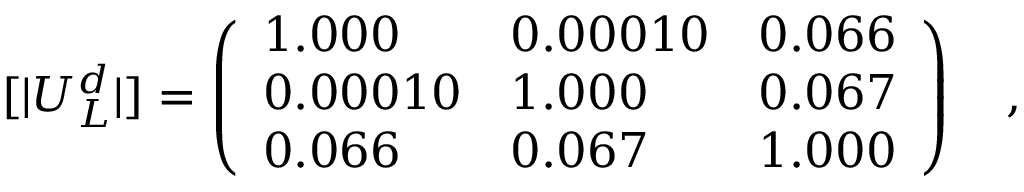
[ | U _ { L } ^ { d } | ] = \left( \begin{array} { l l l } { { 1 . 0 0 0 } } & { { 0 . 0 0 0 1 0 } } & { { 0 . 0 6 6 } } \\ { { 0 . 0 0 0 1 0 } } & { { 1 . 0 0 0 } } & { { 0 . 0 6 7 } } \\ { { 0 . 0 6 6 } } & { { 0 . 0 6 7 } } & { { 1 . 0 0 0 } } \end{array} \right) ~ ~ ~ ,